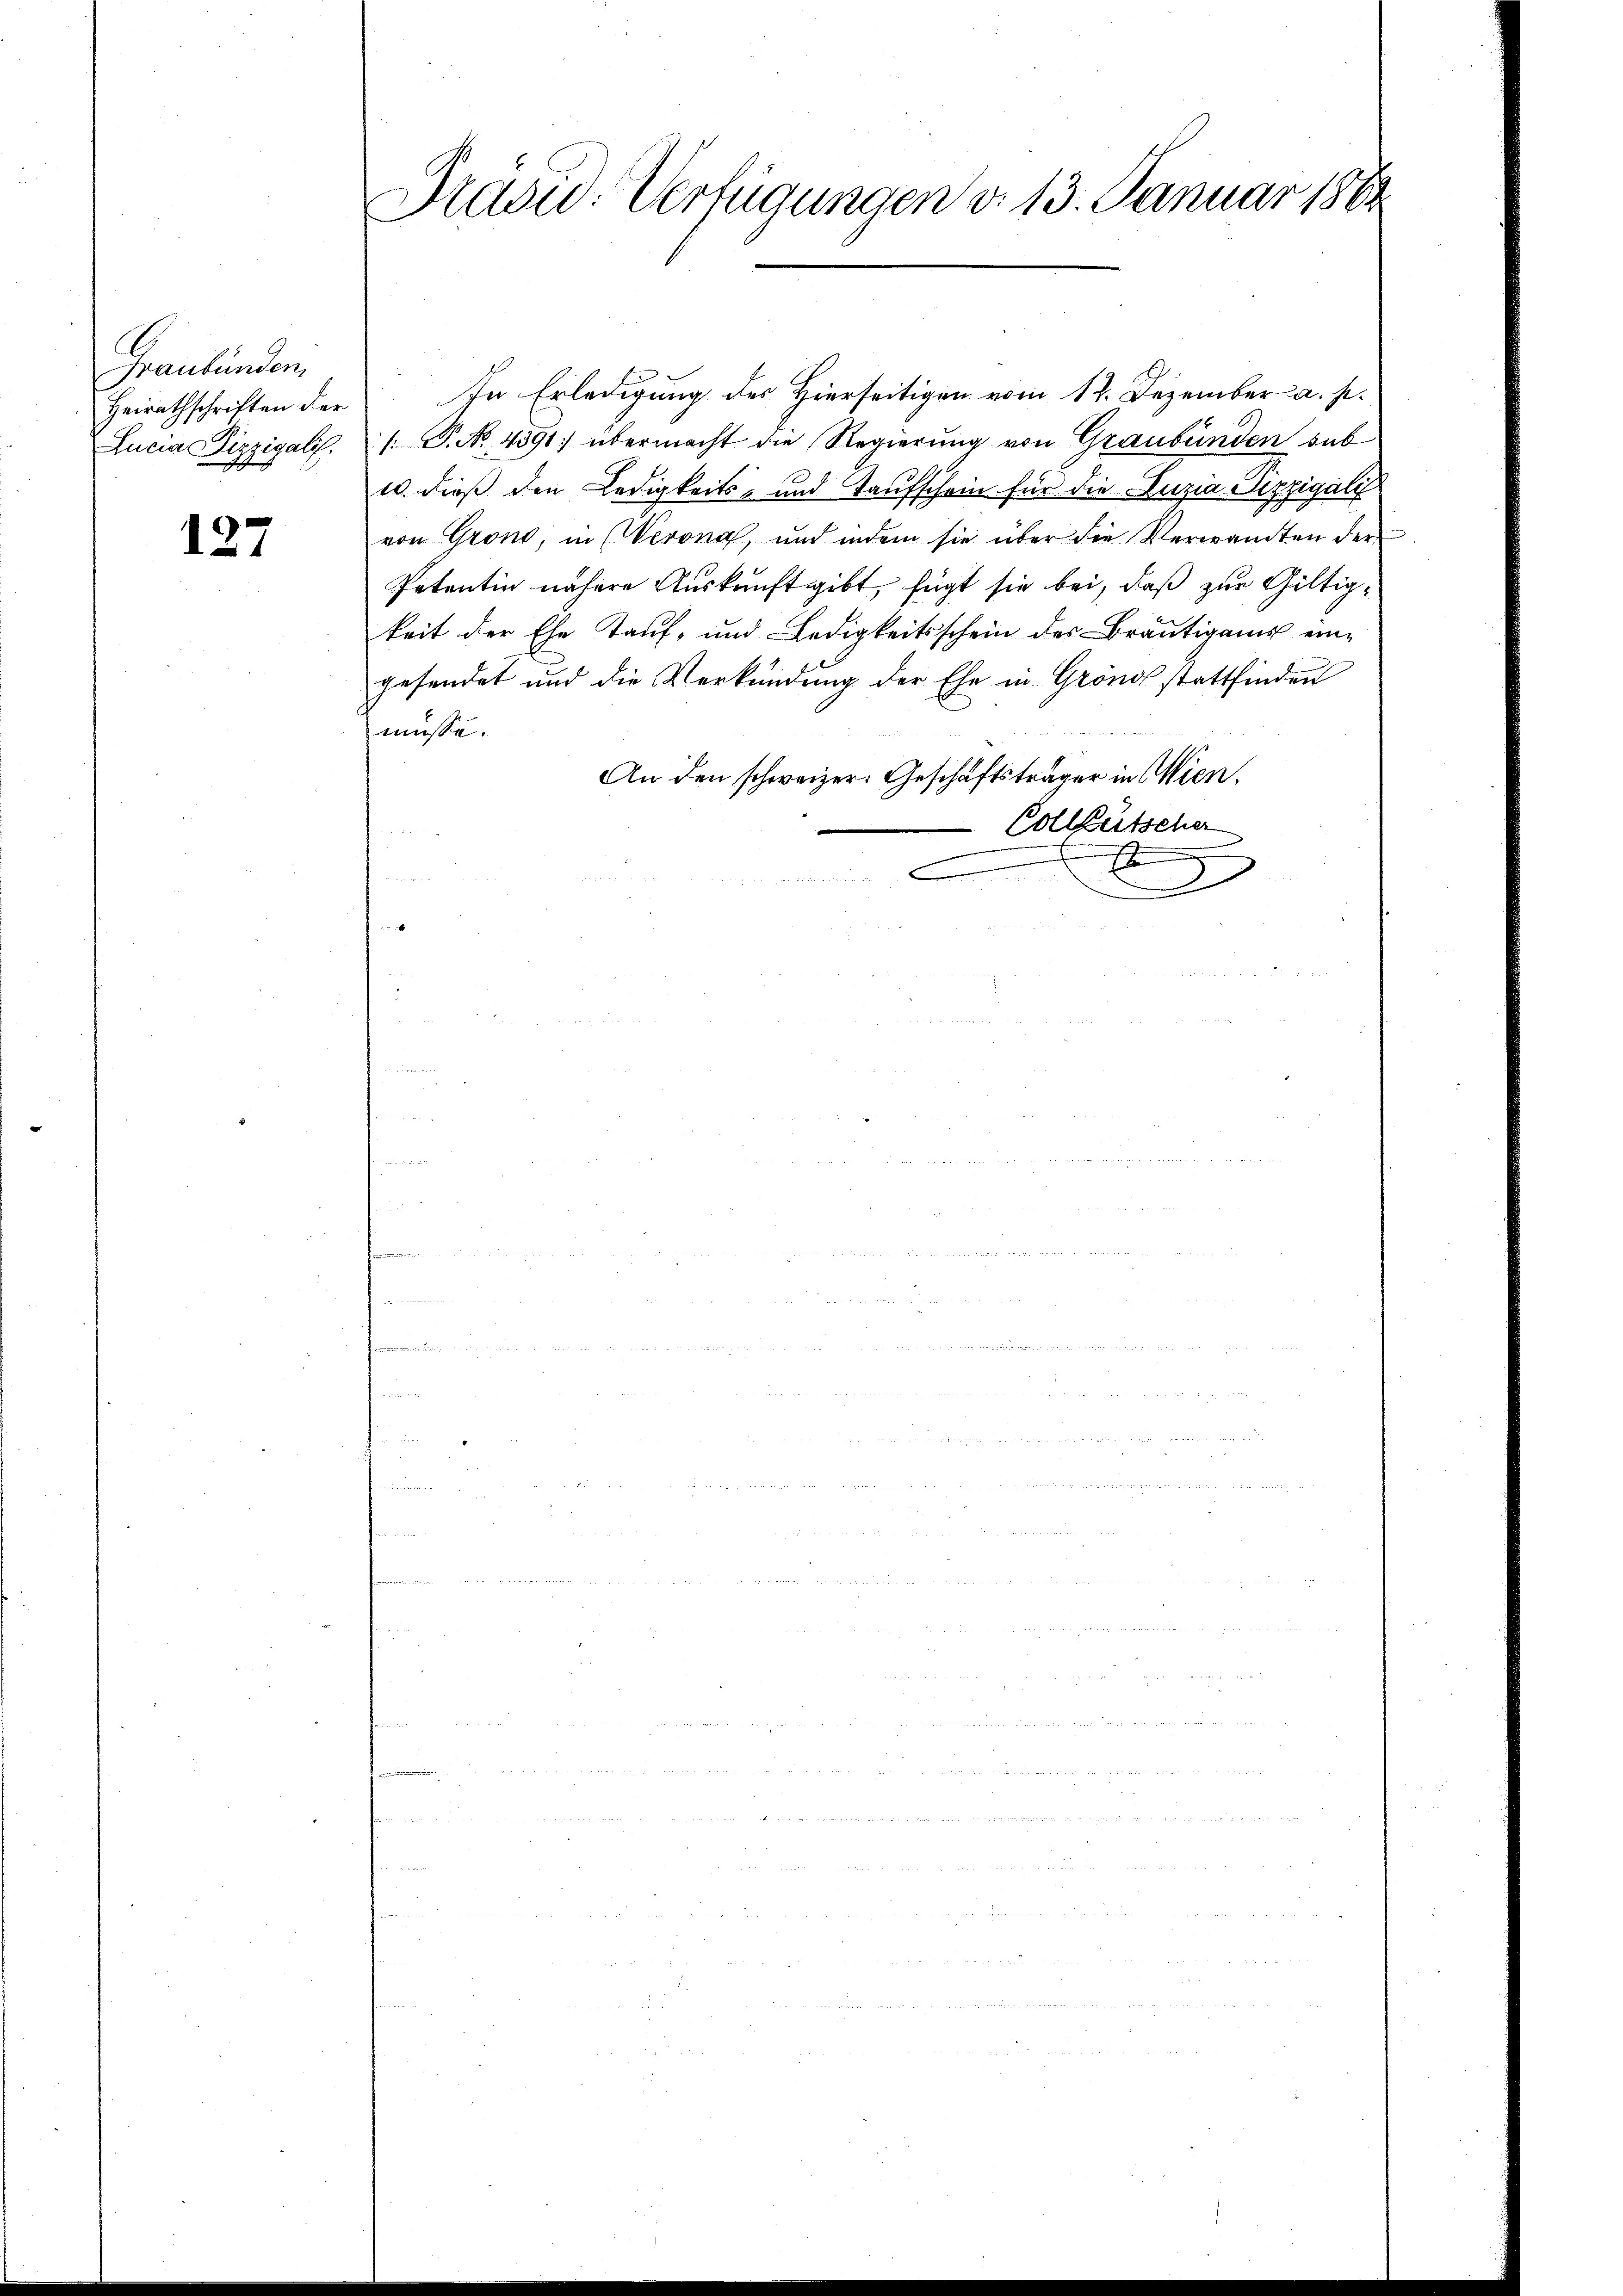
Graubünden,
Heirathschriften der
Lucia Pizzigali.

127

Drau. Verfügungen d. 13. Januar 1888

In Erledigung des Hierseitigen vom 12. Dezember a. p.
 P. No. 4391 übermacht die Regierung von Graubünden sub
u. dieß den Ledigkeits- und Taufschein für die Luzia Sipzigali
von Grond, in (Verona, und indem sie über die Verwandten der
Petentin nähere Auskunft gibt, fügt sie bei, daß zur Gültigkeit der Ehe Kaŭf- und Ledigkeitsschein des Bräŭtigams eingesendet und die Verkündung der Ehe in Grönof stattfinden
müsse.
An den schweizer. Geschäftsträger in Wien.
Colletscher
1
e
J